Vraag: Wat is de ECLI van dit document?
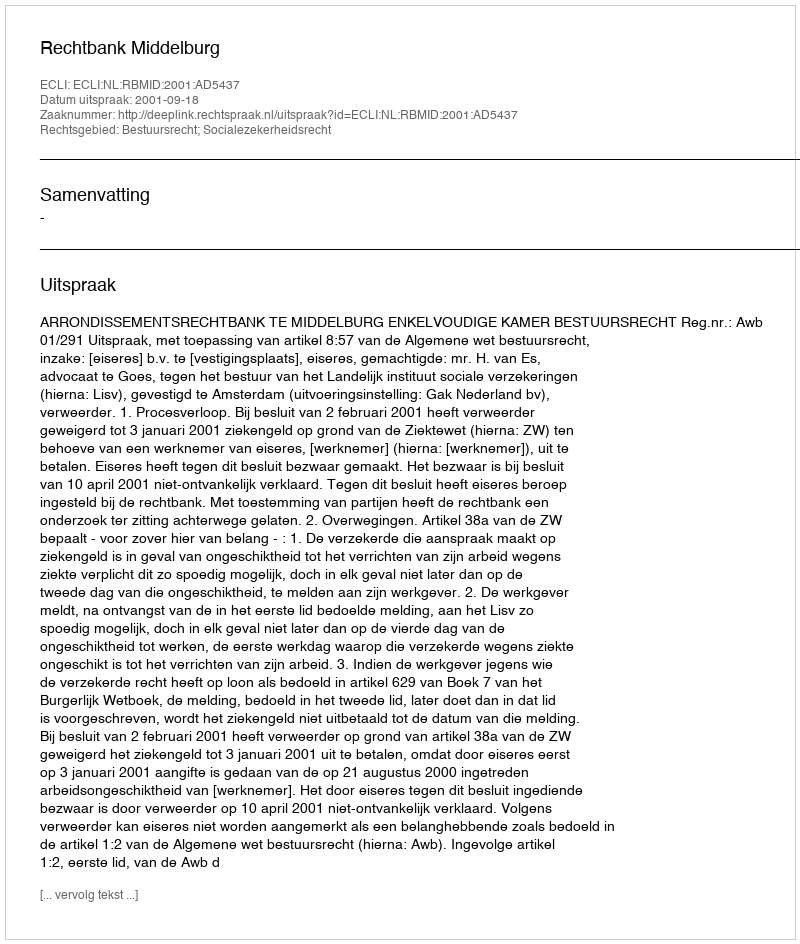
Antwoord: ECLI:NL:RBMID:2001:AD5437